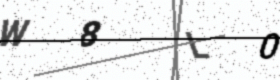
Text: W8L0